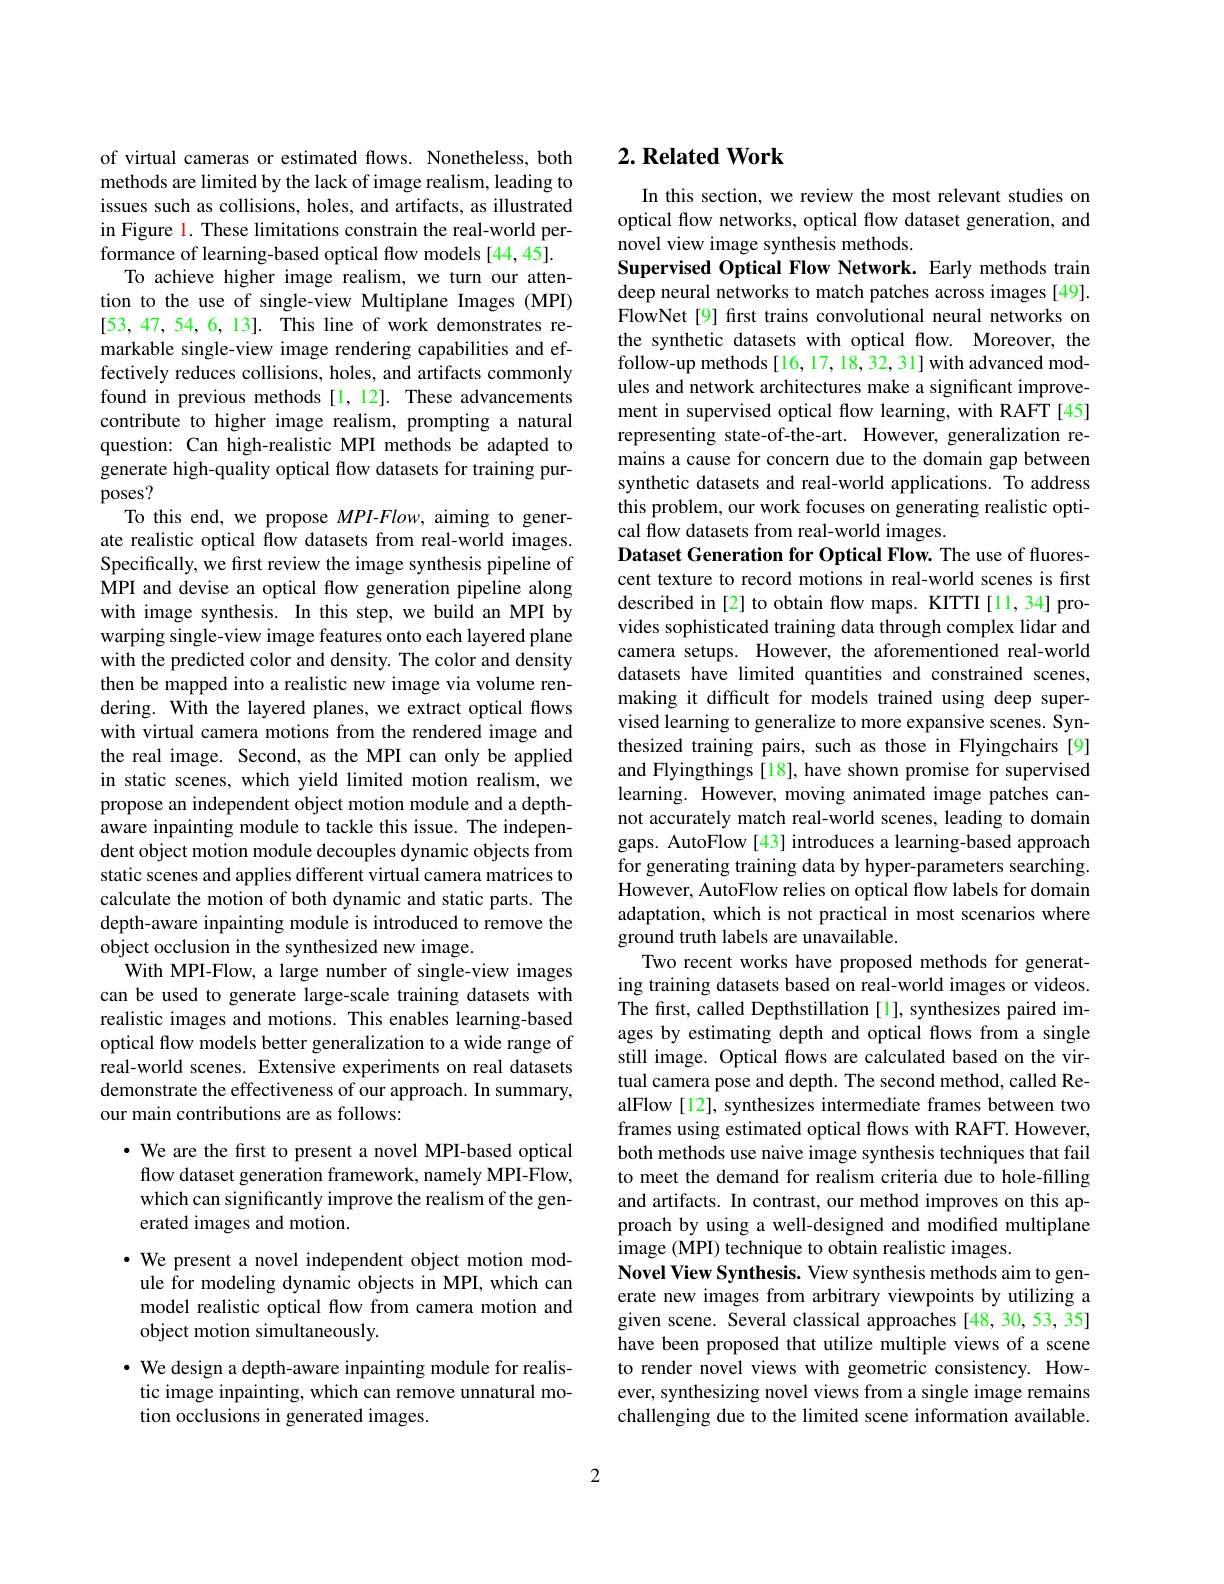
of virtual cameras or estimated flows. Nonetheless, both methods are limited by the lack of image realism, leading to issues such as collisions, holes, and artifacts, as illustrated in Figure l. These limitations constrain the real-world performance of learning-based optical flow models [44,45].
To achieve higher image realism, we turn our attention to the use of single-view Multiplane Images (MPI) [53,47,54,6,13]. This line of work demonstrates remarkable single-view image rendering capabilities and effectively reduces collisions, holes, and artifacts commonly found in previous methods [1,12]. These advancements contribute to higher image realism, prompting a natural question: Can high-realistic MPI methods be adapted to generate high-quality optical flow datasets for training purposes?
To this end, we propose $MPI-Flow$, aiming to generate realistic optical flow datasets from real-world images. Specifically, we fırst review the image synthesis pipeline of MPI and devise an optical flow generation pipeline along with image synthesis. In this step, we build an MPI by warping single-view image features onto each layered plane with the predicted color and density. The color and density then be mapped into a realistic new image via volume rendering. With the layered planes, we extract optical flows with virtual camera motions from the rendered image and the real image. Second, as the MPI can only be applied in static scenes, which yield limited motion realism, we propose an independent object motion module and a depthaware inpainting module to tackle this issue. The independent object motion module decouples dynamic objects from static scenes and applies different virtual camera matrices to calculate the motion of both dynamic and static parts. The depth-aware inpainting module is introduced to remove the object occlusion in the synthesized new image.
With MPI-Flow, a large number of single-view images can be used to generate large-scale training datasets with realistic images and motions. This enables learning-based optical flow models better generalization to a wide range of real-world scenes. Extensive experiments on real datasets demonstrate the effectiveness of our approach. In summary, our main contributions are as follows:
· We are the first to present a novel MPI-based optical

flow dataset generation framework, namely MPI-Flow, which can significantly improve the realism of the generated images and motion.
· We present a novel independent object motion mod-
ule for modeling dynamic objects in MPI, which can model realistic optical flow from camera motion and object motion simultaneously.
· We design a depth-aware inpainting module for realis-
tic image inpainting, which can remove unnatural mo-
tion occlusions in generated images.

## $2. \textbf{Related Work}$

In this section, we review the most relevant studies on optical flow networks, optical flow dataset generation, and novel view image synthesis methods.
Supervised Optical Flow Network. Early methods train deep neural networks to match patches across images [49]. FlowNet[9] first trains convolutional neural networks on the synthetic datasets with optical flow. Moreover, the follow-up methods[16,17,18,32,31]with advanced modules and network architectures make a significant improvement in supervised optical flow learning, with RAFT[45] representing state-of-the-art. However, generalization remains a cause for concern due to the domain gap between synthetic datasets and real-world applications. To address this problem, our work focuses on generating realistic optical flow datasets from real-world images.
Dataset Generation for Optical Flow. The use of fluorescent texture to record motions in real-world scenes is first described in [2] to obtain flow maps. KITTI[11,34] provides sophisticated training data through complex lidar and camera setups. However, the aforementioned real-world datasets have limited quantities and constrained scenes, making it difficult for models trained using deep supervised learning to generalize to more expansive scenes. Synthesized training pairs, such as those in Flyingchairs [9] and Flyingthings [18], have shown promise for supervised learning. However, moving animated image patches cannot accurately match real-world scenes, leading to domain gaps. AutoFlow [43] introduces a learning-based approach for generating training data by hyper-parameters searching. However, AutoFlow relies on optical flow labels for domain adaptation, which is not practical in most scenarios where ground truth labels are unavailable.
Two recent works have proposed methods for generating training datasets based on real-world images or videos. The first, called Depthstillation [1], synthesizes paired images by estimating depth and optical flows from a single still image. Optical flows are calculated based on the virtual camera pose and depth. The second method, called RealFlow [12], synthesizes intermediate frames between two frames using estimated optical flows with RAFT. However, both methods use naive image synthesis techniques that fail to meet the demand for realism criteria due to hole-filling and artifacts. In contrast, our method improves on this approach by using a well-designed and modiffed multiplane image (MPI) technique to obtain realistic images.
Novel View Synthesis. View synthesis methods aim to generate new images from arbitrary viewpoints by utilizing a given scene. Several classical approaches [48, 30, 53, 35] have been proposed that utilize multiple views of a scene to render novel views with geometric consistency. However, synthesizing novel views from a single image remains challenging due to the limited scene information available.

2